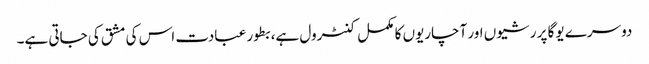
دوسرے یوگا پر رشیوں اور آچاریوں کا مکمل کنٹرول ہے، بطور عبادت اس کی مشق کی جاتی ہے۔